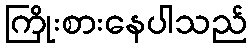
ကြိုးစားနေပါသည်